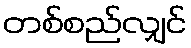
တစ်စည်လျှင်